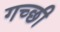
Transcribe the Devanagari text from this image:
गच्छी